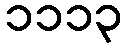
၁၁၁၃